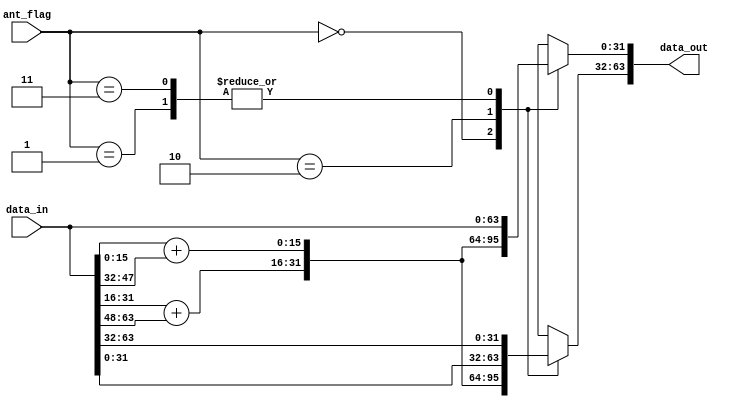
// Xianjun jiao. putaoshu@msn.com; xianjun.jiao@imec.be;

`timescale 1 ns / 1 ps

	module tx_intf_ant_selection #
	(
	    parameter integer IQ_DATA_WIDTH = 16,
		parameter integer DAC_PACK_DATA_WIDTH = 64
	)
	(
        input wire [DAC_PACK_DATA_WIDTH-1 : 0] data_in,
        input wire [1:0] ant_flag,
        output reg [DAC_PACK_DATA_WIDTH-1 : 0] data_out
	);

    localparam integer MSB_IDX  = (DAC_PACK_DATA_WIDTH-1);
    localparam integer MSB_HALF_IDX  = ((DAC_PACK_DATA_WIDTH/2)-1);
    localparam integer WIDTH_HALF  = (DAC_PACK_DATA_WIDTH/2);
    
    wire signed [(IQ_DATA_WIDTH-1):0] i0;
    wire signed [(IQ_DATA_WIDTH-1):0] q0;
    wire signed [(IQ_DATA_WIDTH-1):0] i1;
    wire signed [(IQ_DATA_WIDTH-1):0] q1;
    wire signed [(IQ_DATA_WIDTH-1):0] i_merged;
    wire signed [(IQ_DATA_WIDTH-1):0] q_merged;
    
    assign i0 = data_in[(1*IQ_DATA_WIDTH-1):(0*IQ_DATA_WIDTH)];
    assign q0 = data_in[(2*IQ_DATA_WIDTH-1):(1*IQ_DATA_WIDTH)];
    assign i1 = data_in[(3*IQ_DATA_WIDTH-1):(2*IQ_DATA_WIDTH)];
    assign q1 = data_in[(4*IQ_DATA_WIDTH-1):(3*IQ_DATA_WIDTH)];
    assign i_merged = i0+i1;
    assign q_merged = q0+q1;
    always @( ant_flag,q_merged,i_merged, data_in)
    begin
       case (ant_flag)
          2'b00 : begin
                        data_out[MSB_HALF_IDX:0]     = {q_merged,i_merged};
                        data_out[MSB_IDX:WIDTH_HALF] = {q_merged,i_merged};
                   end
          2'b01 : begin
                        data_out[MSB_HALF_IDX:0]     = data_in[MSB_HALF_IDX:0];
                        data_out[MSB_IDX:WIDTH_HALF] = data_in[MSB_IDX:WIDTH_HALF];
                   end
          2'b10 : begin
                        data_out[MSB_HALF_IDX:0]     = data_in[MSB_IDX:WIDTH_HALF];
                        data_out[MSB_IDX:WIDTH_HALF] = data_in[MSB_HALF_IDX:0];
                   end
          2'b11 : begin
                        data_out[MSB_HALF_IDX:0]     = data_in[MSB_HALF_IDX:0];
                        data_out[MSB_IDX:WIDTH_HALF] = data_in[MSB_IDX:WIDTH_HALF];
                   end
          default: begin
                        data_out[MSB_HALF_IDX:0]     = data_in[MSB_HALF_IDX:0];
                        data_out[MSB_IDX:WIDTH_HALF] = data_in[MSB_IDX:WIDTH_HALF];
                   end
       endcase
    end

	endmodule